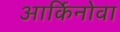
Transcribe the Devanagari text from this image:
आर्किनोवा